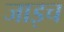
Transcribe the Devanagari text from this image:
जाइच